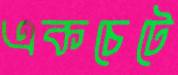
একচেটে